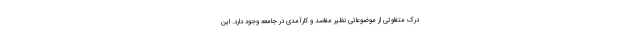
درک متفاوتی از موضوعاتی نظیر مفاسد و کارآمدی در جامعه وجود دارد. این